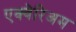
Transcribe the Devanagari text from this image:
एक्वेरिअम